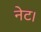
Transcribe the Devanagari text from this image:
नेट।